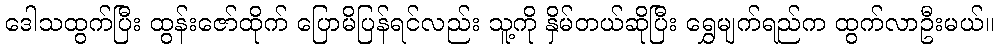
ဒေါသထွက်ပြီး ထွန်းဇော်ထိုက် ပြောမိပြန်ရင်လည်း သူ့ကို နှိမ်တယ်ဆိုပြီး ရွှေမျက်ရည်က ထွက်လာဦးမယ်။